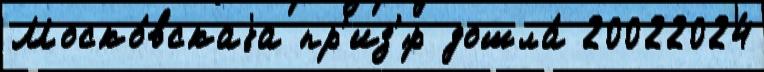
Моско́вскаjа пр'из'́р дошла́ 20022024